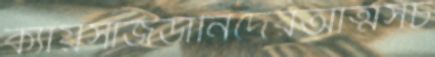
ক্যায়সাজর্ডানিদেরআত্মসচ